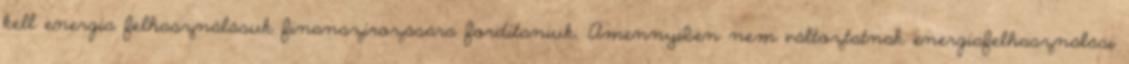
kell energia felhasználásuk finanszírozására fordítaniuk. Amennyiben nem változtatnak energiafelhasználási